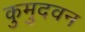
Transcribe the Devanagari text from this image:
कुमुदवन